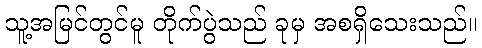
သူ့အမြင်တွင်မူ တိုက်ပွဲသည် ခုမှ အစရှိသေးသည်။